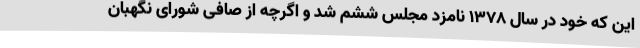
این که خود در سال 1378 نامزد مجلس ششم شد و اگرچه از صافی شورای نگهبان